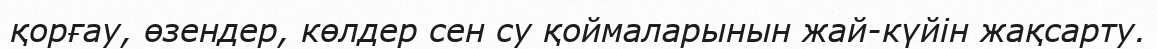
қорғау, өзендер, көлдер сен су қоймаларынын жай-күйін жақсарту.